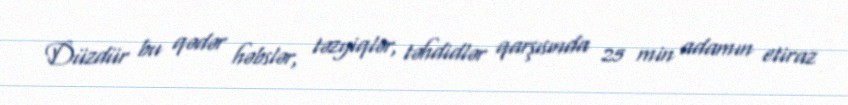
Düzdür bu qədər həbslər, təzyiqlər, təhdidlər qarşısında 25 min adamın etiraz